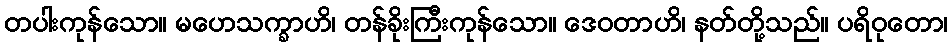
တပါးကုန်သော။ မဟေသက္ခာဟိ၊ တန်ခိုးကြီးကုန်သော။ ဒေဝတာဟိ၊ နတ်တို့သည်။ ပရိဝုတော၊